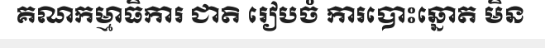
គណកម្មាធិការ ជាតិ រៀបចំ ការបោះឆ្នោត មិន